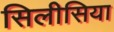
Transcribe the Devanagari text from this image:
सिलीसिया